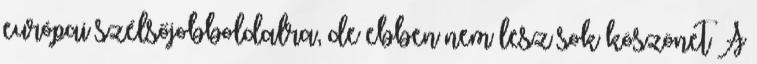
európai szélsőjobboldalra, de ebben nem lesz sok köszönet A